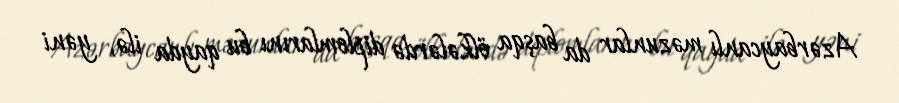
Azərbaycanlı məzunlar da başqa ölkələrdə diplomlarını bu qayda ilə, yəni